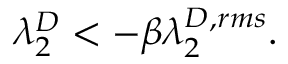
\lambda _ { 2 } ^ { D } < - \beta \lambda _ { 2 } ^ { D , r m s } .